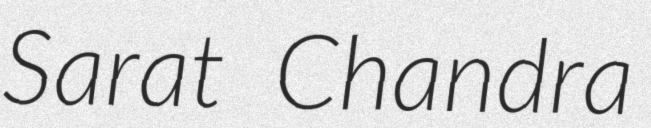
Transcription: Sarat Chandra